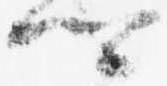
卿